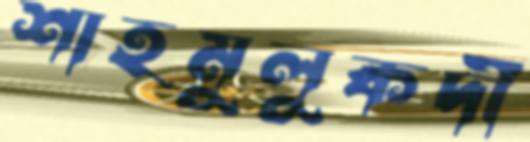
শাহমুলুকদী